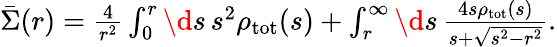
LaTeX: \begin{array}{r}{\bar{\Sigma}(r)=\frac{4}{r^{2}}\int_{0}^{r}\d s\, s^{2}\rho_{\mathrm{tot}}(s)+\int_{r}^{\infty}\d s\, \frac{4s\rho_{\mathrm{tot}}(s)}{s+\sqrt{s^{2}-r^{2}}}.}\end{array}